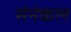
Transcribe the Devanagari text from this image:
सेनेकल